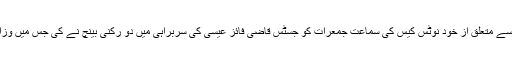
اسلام آباد کے مرکزی داخلی راستے فیض آباد پر گزشتہ ڈھائی ہفتوں سے جاری دھرنے سے متعلق از خود نوٹس کیس کی سماعت جمعرات کو جسٹس قاضی فائز عیسٰی کی سربراہی میں دو رکنی بینچ نے کی جس میں وزارتِ دفاع نے حساس اداروں اور اٹارنی جنرل نے وزارتِ داخلہ کی رپورٹیں جمع کرائیں۔